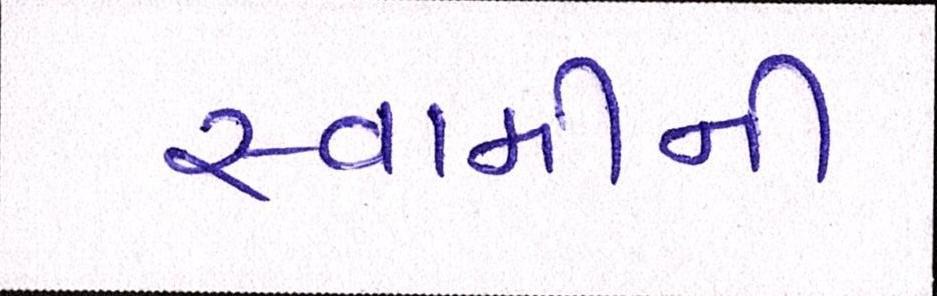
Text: સ્વામીની